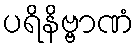
ပရိနိဗ္ဗာဏံ